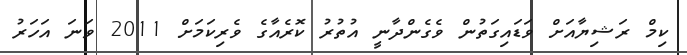
ކިމް ރަޝިޔާއަށް ވަޑައިގަތުން ވެގެންދާނީ އުތުރު ކޮރެއާގެ ވެރިކަމަށް 2011 ވަނަ އަހަރު